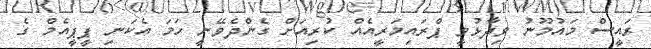
ރައީސް މައުމޫނު ވިދާޅުވީ ޕްރައިމަރީއެއް ކުރިއަށް ގެންދެވޭނީ ހަމަ އެކަނި ޕީޕީއެމް ގެ